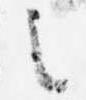
之